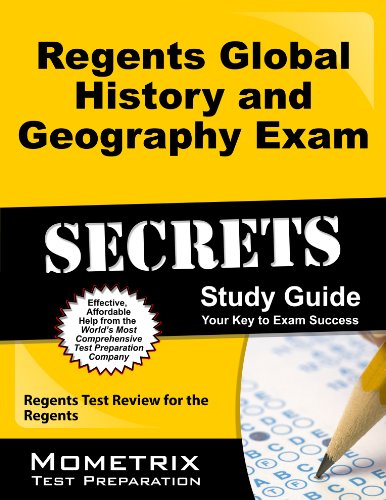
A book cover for Regents Global History and Geography Exam Secrets Study Guide: Regents Test Review for the Regents (Mometrix Secrets Study Guides); Regents Exam Secrets Test Prep Team; Test Preparation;